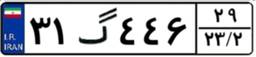
۳۱گ۴۴۶۲۹